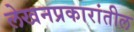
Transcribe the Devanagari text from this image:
लेखनप्रकारांतील